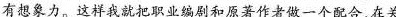
有想象力。这样我就把职业编剧和原著作者做一个配合在关